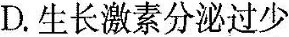
D. 生长激素分